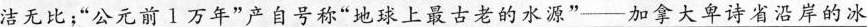
\underline{洁无比;“公元前1万年”产自号称“地球上最古老的水源”——加拿大卑诗省沿岸的冰}